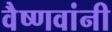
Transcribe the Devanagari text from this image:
वैष्णवांनी